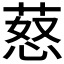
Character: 𦵚